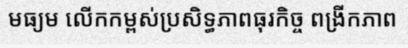
មធ្យម លើកកម្ពស់ប្រសិទ្ធភាពធុរកិច្ច ពង្រីកភាព